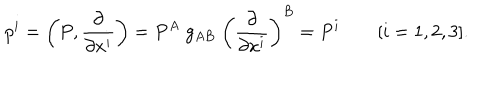
LaTeX: p ^ { i } = \left( P , { \frac { \partial } { \partial x ^ { i } } } \right) = P ^ { A } \; g _ { A B } \; \left( { \frac { \partial } { \partial x ^ { i } } } \right) ^ { B } = P ^ { i } \qquad [ i = 1 , 2 , 3 ] .